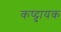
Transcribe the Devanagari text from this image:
कष्ट्दायक